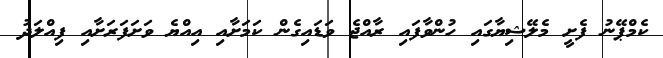
ކެމްޕޭނު ފެށީ މެލޭޝިޔާގައި ހުންވާފައި ރާއްޖެ ވަޑައިގެން ކަމަށާއި އިއްޔެ ވަށަފަރަށާއި ފިއްލަދު